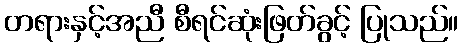
တရားနှင့်အညီ စီရင်ဆုံးဖြတ်ခွင့် ပြုသည်။